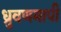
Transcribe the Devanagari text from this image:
ध्रुवणमापी